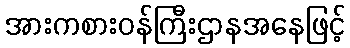
အားကစားဝန်ကြီးဌာနအနေဖြင့်